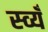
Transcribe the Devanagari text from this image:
स्व्यँ